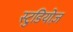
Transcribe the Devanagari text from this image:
स्टुडियोज़